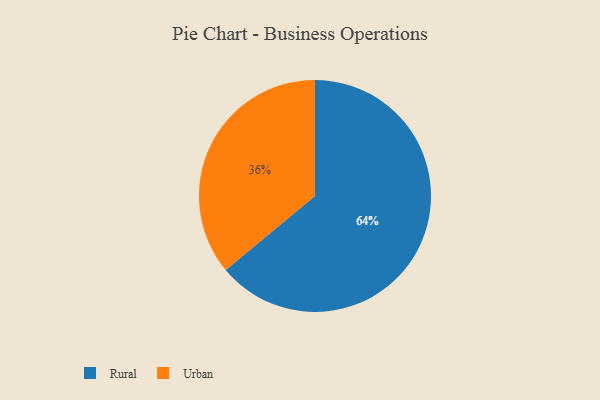
{"axis": {"x": "Category", "y": "Percentage"}, "legend": ["Rural", "Urban"], "data": [{"x": "Urban", "y": 36, "type": "Urban"}, {"x": "Rural", "y": 64, "type": "Rural"}]}